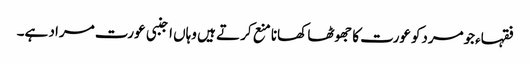
فقہاءجومردکوعورت کا جھوٹھا کھانا منع کرتے ہیں وہاں اجنبی عورت مراد ہے۔